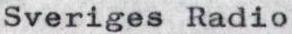
Sveriges Radio